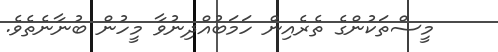
މީސްތަކުންގެ ތެރެއިން ހަމަބުއްދިނުވާ މީހުން ބުނާނެތެވެ.